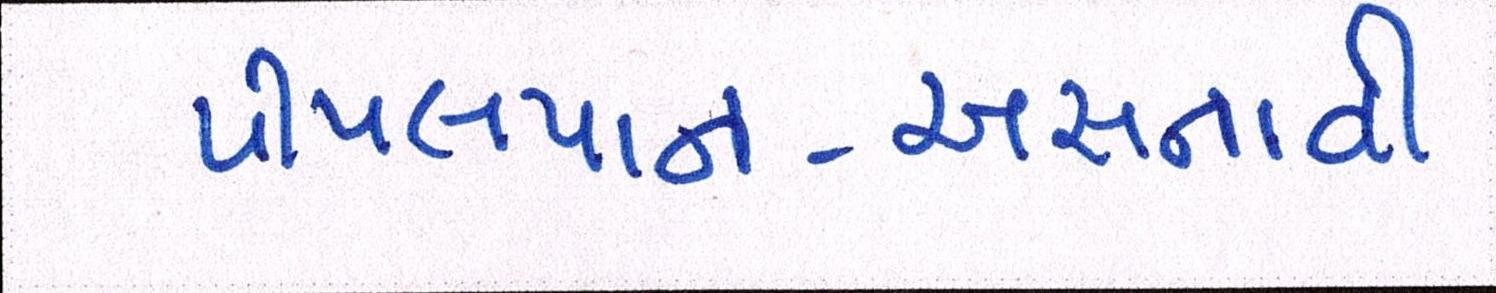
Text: પીપલપાન-અસનાવી